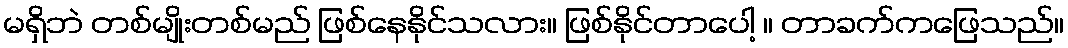
မရှိဘဲ တစ်မျိုးတစ်မည် ဖြစ်နေနိုင်သလား။ ဖြစ်နိုင်တာပေါ့ ။ တာခက်ကဖြေသည်။